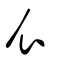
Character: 𧘇